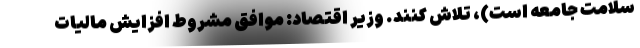
سلامت جامعه است)، تلاش کنند. وزیر اقتصاد: موافق مشروط افزایش مالیات